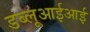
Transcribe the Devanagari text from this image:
डब्लूआईआई